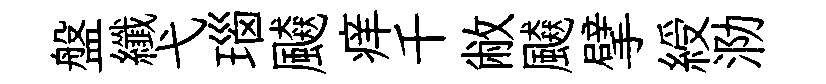
盤纖弋瑙飇痒千敝飇擘綬泐